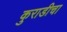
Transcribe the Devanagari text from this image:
कुराडीचा